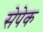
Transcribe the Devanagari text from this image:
सेपेक